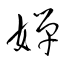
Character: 嬋